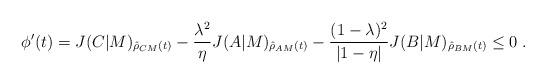
LaTeX: \begin{align*}\phi'(t) = J(C|M)_{\hat{\rho}_{CM}(t)} - \frac{\lambda^2}{\eta}J(A|M)_{\hat{\rho}_{AM}(t)} - \frac{(1-\lambda)^2}{|1-\eta|}J(B|M)_{\hat{\rho}_{BM}(t)} \le 0\;.\end{align*}